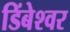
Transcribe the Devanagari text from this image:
डिंबेश्वर